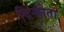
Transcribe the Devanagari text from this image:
दिन्होता